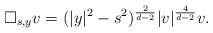
LaTeX: \begin{align*} \square_{s,y} v = (|y|^2 -s^2)^\frac{2}{d-2} |v|^{\frac{4}{d-2}} v.\end{align*}